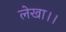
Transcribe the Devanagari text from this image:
लेखा।।